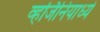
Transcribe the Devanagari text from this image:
व्हर्जिनियाध्ये